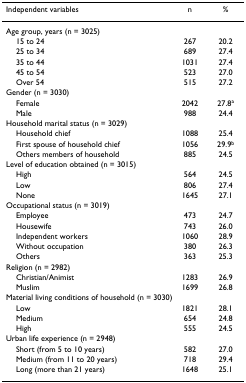
<table><thead><tr><td><b>Independent variables</b></td><td><b>n</b></td><td><b>%</b></td></tr></thead><tbody><tr><td colspan="3">Age group, years (n = 3025)</td></tr><tr><td> 15 to 24</td><td>267</td><td>20.2</td></tr><tr><td> 25 to 34</td><td>689</td><td>27.4</td></tr><tr><td> 35 to 44</td><td>1031</td><td>27.4</td></tr><tr><td> 45 to 54</td><td>523</td><td>27.0</td></tr><tr><td> Over 54</td><td>515</td><td>27.2</td></tr><tr><td colspan="3">Gender (n = 3030)</td></tr><tr><td> Female</td><td>2042</td><td>27.8<sup>a</sup></td></tr><tr><td> Male</td><td>988</td><td>24.4</td></tr><tr><td colspan="3">Household marital status (n = 3029)</td></tr><tr><td> Household chief</td><td>1088</td><td>25.4</td></tr><tr><td> First spouse of household chief</td><td>1056</td><td>29.9<sup>b</sup></td></tr><tr><td> Others members of household</td><td>885</td><td>24.5</td></tr><tr><td colspan="3">Level of education obtained (n = 3015)</td></tr><tr><td> High</td><td>564</td><td>24.5</td></tr><tr><td> Low</td><td>806</td><td>27.4</td></tr><tr><td> None</td><td>1645</td><td>27.1</td></tr><tr><td colspan="3">Occupational status (n = 3019)</td></tr><tr><td> Employee</td><td>473</td><td>24.7</td></tr><tr><td> Housewife</td><td>743</td><td>26.0</td></tr><tr><td> Independent workers</td><td>1060</td><td>28.9</td></tr><tr><td> Without occupation</td><td>380</td><td>26.3</td></tr><tr><td> Others</td><td>363</td><td>25.3</td></tr><tr><td colspan="3">Religion (n = 2982)</td></tr><tr><td> Christian/Animist</td><td>1283</td><td>26.9</td></tr><tr><td> Muslim</td><td>1699</td><td>26.8</td></tr><tr><td colspan="3">Material living conditions of household (n = 3030)</td></tr><tr><td> Low</td><td>1821</td><td>28.1</td></tr><tr><td> Medium</td><td>654</td><td>24.8</td></tr><tr><td> High</td><td>555</td><td>24.5</td></tr><tr><td colspan="3">Urban life experience (n = 2948)</td></tr><tr><td> Short (from 5 to 10 years)</td><td>582</td><td>27.0</td></tr><tr><td> Medium (from 11 to 20 years)</td><td>718</td><td>29.4</td></tr><tr><td> Long (more than 21 years)</td><td>1648</td><td>25.1</td></tr></tbody></table>